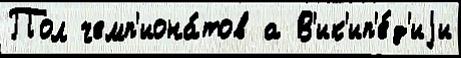
Пол чемп'иона́тов а В'ик'ип'е́д'иjи